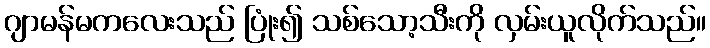
ဂျာမန်မကလေးသည် ပြုံး၍ သစ်သော့သီးကို လှမ်းယူလိုက်သည်။